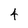
Character: 4